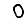
Digit: 0